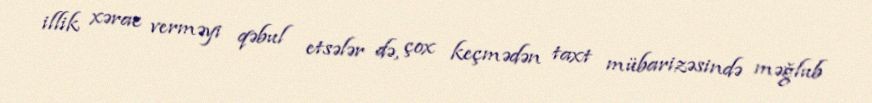
illik xərac verməyi qəbul etsələr də, çox keçmədən taxt mübarizəsində məğlub